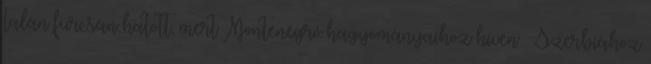
talán furcsán hatott, mert Montenegró hagyományaihoz híven – Szerbiához